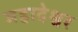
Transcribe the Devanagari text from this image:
महादेश्वर